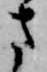
さ